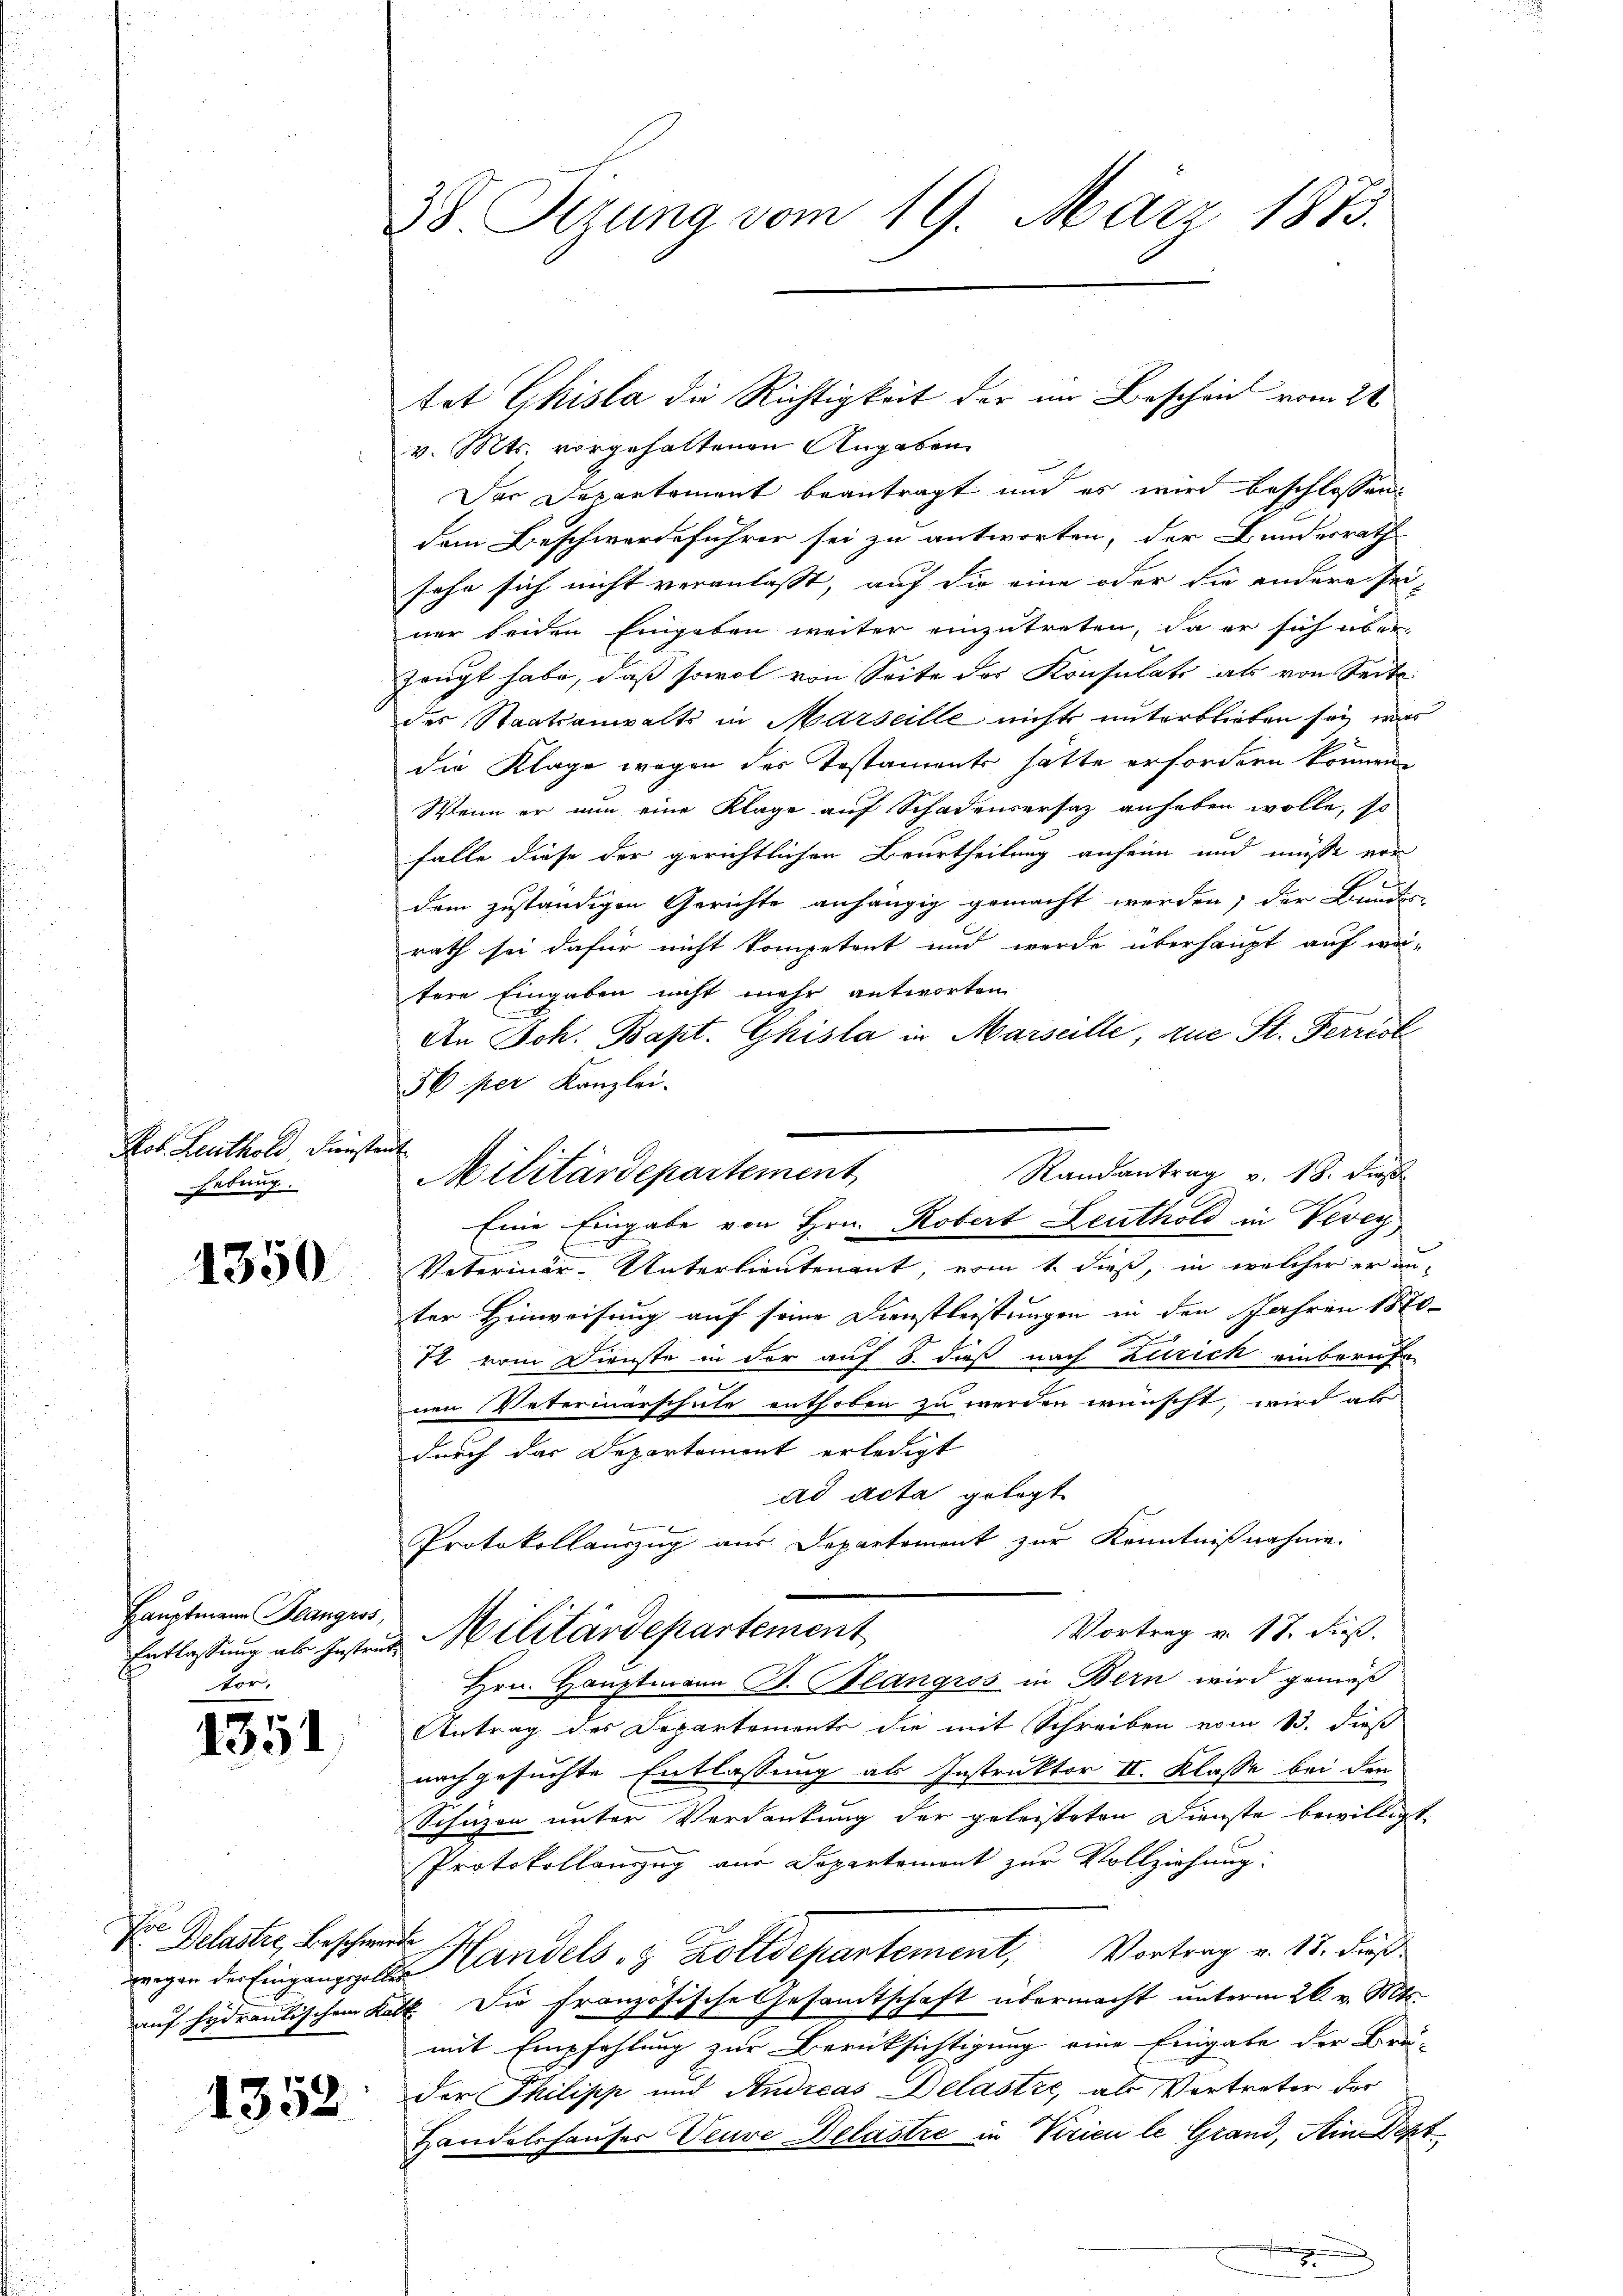
Rot. Leuthold Dünste
hebung.

1350

Hauptmann Blanguss,
vor¬

1351

e
 Delastro, Beschwerde

1352

38. Setzung vom 19. März 1873.

v. Mts. vorgehaltenen Angaben
Der Departement beantragt und es wird beschlossen
dem Beschwerdeführer sei zu antworten, der Bundesrath
sehr sich nicht veranlasst, auf die eine oder die andere seiner beiden Eingaben weiter einzutreten, da er sich überzeugt habe, daß sowol von Seite des Konsulats als von Seite
des Staatsanwalts in Marseille nicht unterblieben sei war
die Klage wegen des Testaments hätte erfordern können.
Wenn er nun eine Klage auf Schadensersatz anheben wolle, so
falle diese der gerichtlichen Beurtheilung anheim und müsse vor
dem zuständigen Gerichte anhängig gemacht werden; der Bundes-
rath sei dafür nicht kompetent und werde überhaupt auf wä-
tere Eingaben nicht mehr antworten
An Joh. Bapt. Ghisla in Marseille, zue St. Ferrist
56 per Kanzlei.
f
Eine Eingabe von Hrn. Robert Leuthold in Vevey
Veterinär-Unterlieutenant, vom 1. dieß, in welcher er an-
ter Hinweisung auf seine Dienstleistungen in den Jahren 1870.
R. vom Dienste in der auf 8. daß nach Zürich einberufe-
nen Vaterinärschule enthoben zu werden wünscht, wird als
durch das Departement erledigt
ad acta gelegt
Protokollauszug aus Departement zur Kenntnißnahme.
Vortrag v. 17. dieß.
Entlassung ab Gestaut Militärdepartement
Hrn. Hauptmann B. Blangros in Bern wird gemäß
Antrag des Departements die mit Schreiben vom 13. dieß
nach gesuchte Entlassung als Instruktor II. Klasse bei den
Schäzen unter Verdankung der geleisteten Dienste bewilligt,
Protokollauszug aus Departement zur Vollziehung:
wegen der Eingangelbe andels- & Zolldepartement, Vortrag v. 13. dieß
auf hydraulischen Kalt. Die französische Gesamtschaft übermacht unterm 26. v. Mts.
mit Empfehlung zur Berücksichtigung eine Eingabe der Brü-
Der Philipp und Andreas Delastie, als Vertreten der
Handelshauser Veuve Delastre in Viricu le Grand, in Dept¬

tat Ghisla die Richtigkeit der im Beschein vom 28.

Randantrag v. 18. dieß
Militärdepartement